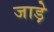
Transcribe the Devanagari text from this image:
जाड़े़